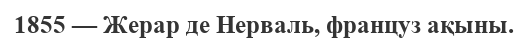
1855 — Жерар де Нерваль, француз ақыны.